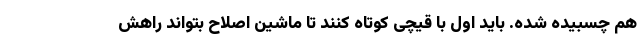
هم چسبیده شده. باید اول با قیچی کوتاه کنند تا ماشین اصلاح بتواند راهش